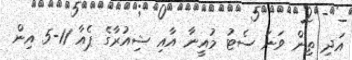
އަދި ތިން ވަނަ ސެޓު މުއީނާ އާއި ޝިއުރާގެ ޕެއާ 11-5 އިން